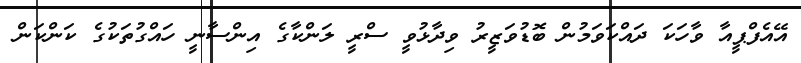
އޭއެފްޕީއާ ވާހަކަ ދައްކަވަމުން ބޮޑުވަޒީރު ވިދާޅުވީ ސްރީ ލަންކާގެ އިންސާނީ ހައްގުތަކުގެ ކަންކަން